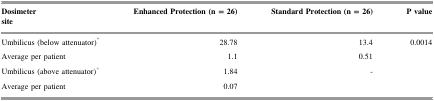
<table><thead><tr><td><b>Dosimetersite</b></td><td><b>Enhanced Protection (n = 26)</b></td><td><b>Standard Protection (n = 26)</b></td><td><b>P value</b></td></tr></thead><tbody><tr><td>Umbilicus (below attenuator)*</td><td>28.78</td><td>13.4</td><td>0.0014</td></tr><tr><td>Average per patient</td><td>1.1</td><td>0.51</td><td></td></tr><tr><td>Umbilicus (above attenuator)*</td><td>1.84</td><td>-</td><td></td></tr><tr><td>Average per patient</td><td>0.07</td><td></td><td></td></tr></tbody></table>